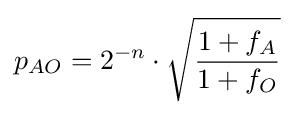
p_{AO}=2^{-n}\cdot {\sqrt {\frac {1+f_{A}}{1+f_{O}}}}